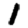
Digit: 1